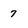
Character: 7